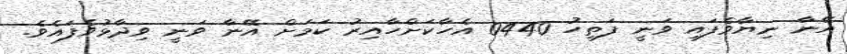
އޭނާ ނިޔާވެފައި ވަނީ ފަތިހު 0440 އެހާކަށްހާއިރު ކަމަށް އޭނާ ވަނީ ވިދާޅުވެފައެވެ.